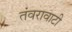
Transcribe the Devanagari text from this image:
तंवरावाटी